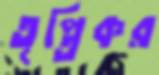
তৃপ্তিকর